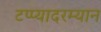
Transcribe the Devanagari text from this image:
टप्प्यादरम्यान